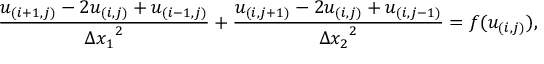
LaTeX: \frac { u _ { ( i + 1 , j ) } - 2 u _ { ( i , j ) } + u _ { ( i - 1 , j ) } } { { \Delta x _ { 1 } } ^ { 2 } } + \frac { u _ { ( i , j + 1 ) } - 2 u _ { ( i , j ) } + u _ { ( i , j - 1 ) } } { { \Delta x _ { 2 } } ^ { 2 } } = f ( u _ { ( i , j ) } ) ,